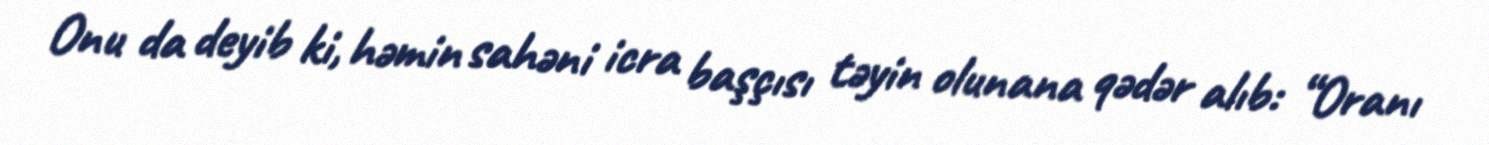
Onu da deyib ki, həmin sahəni icra başçısı təyin olunana qədər alıb: “Oranı